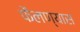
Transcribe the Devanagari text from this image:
फैलण्यास